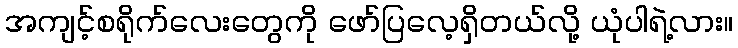
အကျင့်စရိုက်လေးတွေကို ဖော်ပြလေ့ရှိတယ်လို့ ယုံပါရဲ့လား။